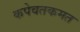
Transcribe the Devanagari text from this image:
कपेवतकमत